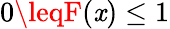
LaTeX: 0\leqF(\mathit{x})\leq1